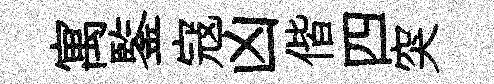
寓鍳寇凶偕四突